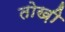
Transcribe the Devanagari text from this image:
तोख़ी